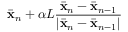
\bar { \mathbf { x } } _ { n } + \alpha L \frac { \bar { \mathbf { x } } _ { n } - \bar { \mathbf { x } } _ { n - 1 } } { \left| \bar { \mathbf { x } } _ { n } - \bar { \mathbf { x } } _ { n - 1 } \right| }